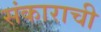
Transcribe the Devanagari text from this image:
संकाराची